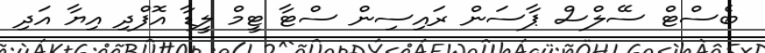
ބެސްޓް ސޭލްސް ޕާސަން ރައިސިން ސްޓާ ޓީމް ލީޑާ އޮފްދި އިޔާ އަދި